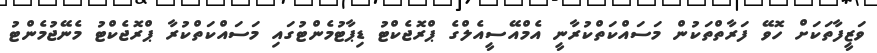
ވަޒީފާތަކަށް ހޮވޭ ފަރާތްތަކުން މަސައްކަތްކުރާނީ އެމްއޭސީއެލްގެ ޕްރޮޖެކްޓު ޑިޕާޓުމެންޓުގައި މަސައްކަތްކުރާ ޕްރޮޖެކްޓު މެނޭޖުމެންޓު